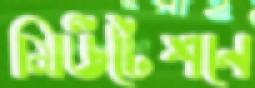
মিউটেশনে